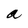
Character: a